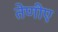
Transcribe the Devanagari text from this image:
तेणीए